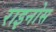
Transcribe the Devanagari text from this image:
राइनोस